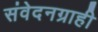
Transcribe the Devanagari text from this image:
संवेदनग्राही